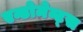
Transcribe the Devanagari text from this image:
एन्डोमेन्ट्‌स